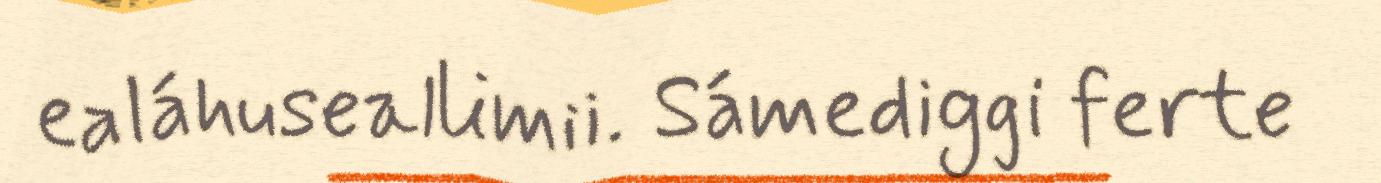
ealáhuseallimii. Sámediggi ferte